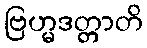
ဗြဟ္မဒတ္တာတိ